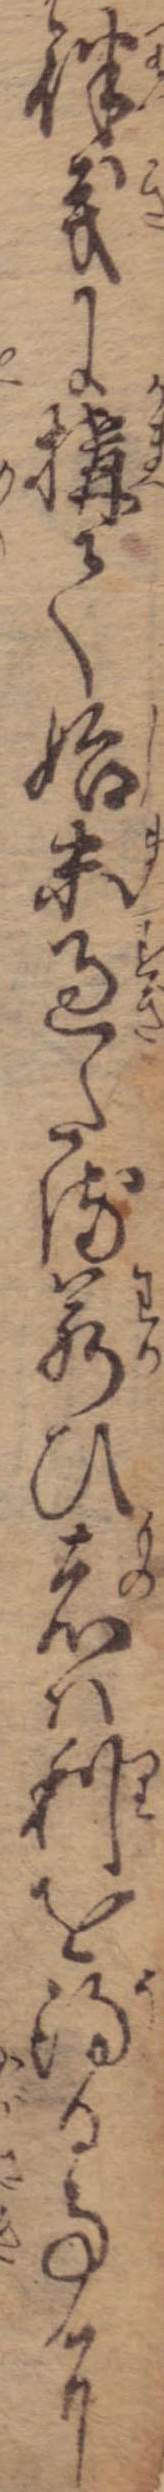
律義に構て始末過たる若ひ者は利を得る事に